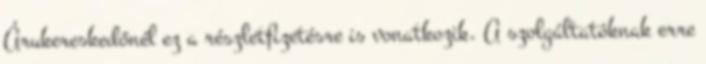
Árukereskedőnél ez a részletfizetésre is vonatkozik. A szolgáltatóknak erre